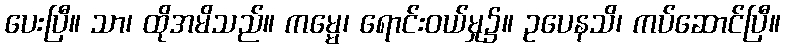
ပေးပြီ။ သာ၊ ထိုအမိသည်။ ကမ္မေ၊ ရောင်းဝယ်မှု၌။ ဥပေနသိ၊ ကပ်ဆောင်ပြီ။